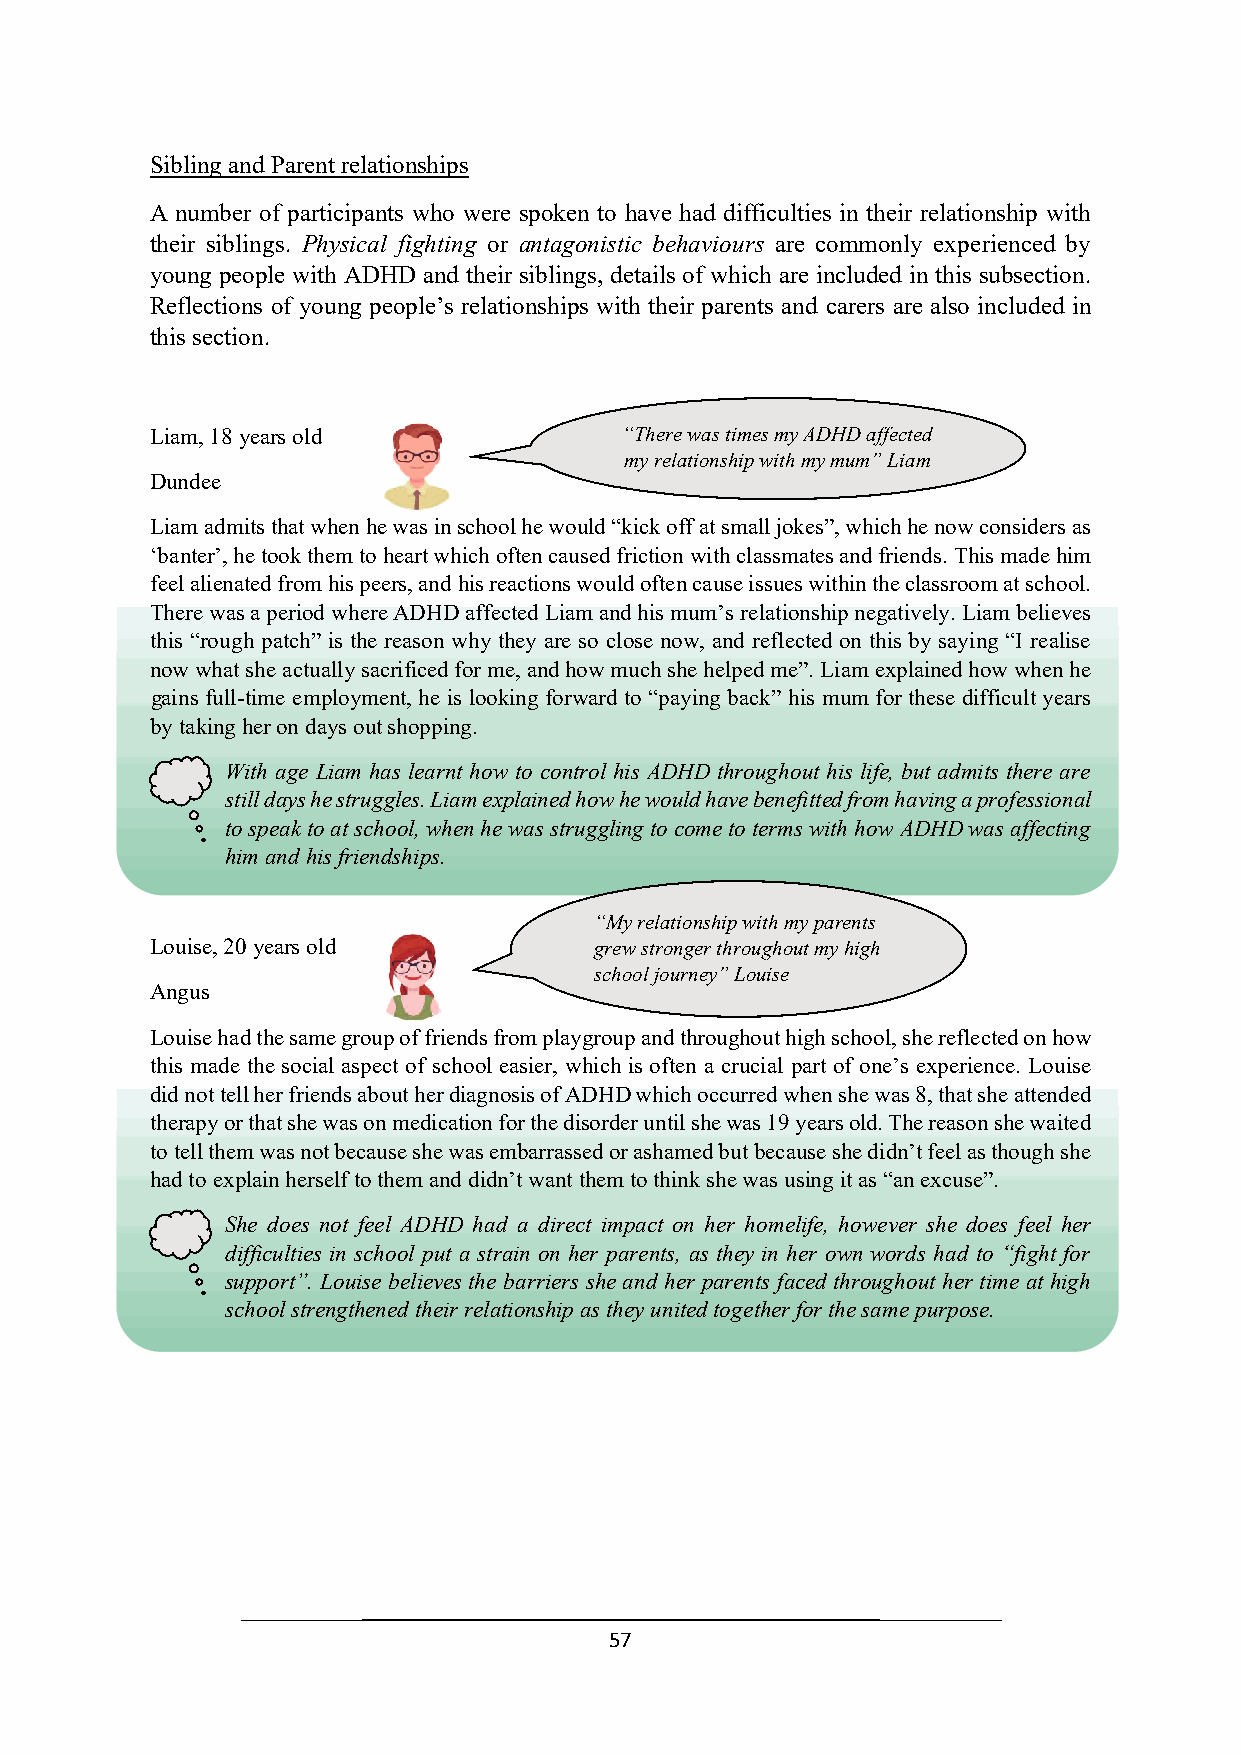
Sibling and Parent relationships
 A number of participants who were spoken to have had difficulties in their relationship with
 their siblings. Physical fighting or antagonistic behaviours are commonly experienced by
 young people with ADHD and their siblings, details of which are included in this subsection.
 Reflections of young people’s relationships with their parents and carers are also included in
 this section.
 Liam, 18 years old             “There was times my ADHD affected
 my relationship with my mum” Liam
 Dundee
 Liam admits that when he was in school he would “kick off at small jokes”, which he now considers as
 ‘banter’, he took them to heart which often caused f“riTchtieorne wwaisth t icmleass smmy aAteDsH aDn da fffreicetnedd s. This made him
 feel alienated from his peers, and his reactions
 wouldm y
 o
 fr te el na t cio an us sh ei p
 is
 w suit eh
 s
 m wy
 i
 m thu inm ”
 th
 L ei a clm
 a ssroom at school.
 There was a period where ADHD affected Liam and his mum’s relationship negatively. Liam believes
 this “rough patch” is the reason why they are so close now, and reflected on this by saying “I realise
 now what she actually sacrificed for me, and how much she helped me”. Liam explained how when he
 gains full-time employment, he is looking forward to “paying back” his mum for these difficult years
 by taking her on days out shopping.
 With age Liam has learnt how to control his ADHD throughout his life, but admits there are
 still days he struggles. Liam explained how he would have benefitted from having a professional
 to speak to at school, when he was struggling to come to terms with how ADHD was affecting
 him and his friendships.
 “My relationship with my parents
 Louise, 20 years old         grew stronger throughout my high
 school journey” Louise
 Angus
 Louise had the same group of friends from playgroup and throughout high school, she reflected on how
 this made the social aspect of school easier, whi ch is often a crucial part of one’s experience. Louise
 did not tell her friends about her diagnosis of ADHD which occurred when she was 8, that she attended
 “My relationship with my parents
 therapy or that she was on medication for the disorder until she was 19 years old. The reason she waited
 grew stronger throughout my high
 to tell them was not because she was embarrassed or ashamed but because she didn’t feel as though she
 school journey” Louise
 had to explain herself to them and didn’t want them to think she was using it as “an excuse”.
 She does not feel ADHD had a direct impact on her homelife, however she does feel her
 difficulties in school put a strain on her parents, as they in her own words had to “fight for
 support”. Louise believes the barriers she and her parents faced throughout her time at high
 school strengthened their relationship as they united together for the same purpose.
 57